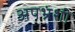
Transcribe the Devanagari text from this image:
अपभ्रंशी